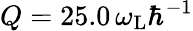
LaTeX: Q=25.0\, \omega_{\mathrm{L}}\hbar^{-1}